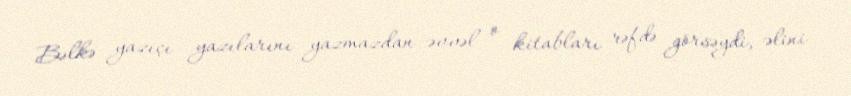
Bəlkə yazıçı yazılarını yazmazdan əvvəl o kitabları rəfdə görsəydi, əlini